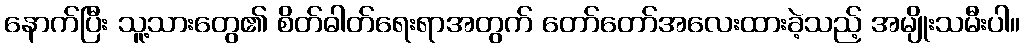
နောက်ပြီး သူ့သားတွေ၏ စိတ်ဓါတ်ရေးရာအတွက် တော်တော်အလေးထားခဲ့သည့် အမျိုးသမီးပါ။